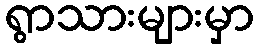
ရွာသားများမှာ